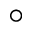
\circ